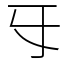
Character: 㸦